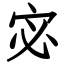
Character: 宓